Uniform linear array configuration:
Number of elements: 64
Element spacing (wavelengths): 0.25
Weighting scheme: cosine
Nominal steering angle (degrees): -30
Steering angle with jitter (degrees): -28.049
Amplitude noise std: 0.05
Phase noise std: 0.05

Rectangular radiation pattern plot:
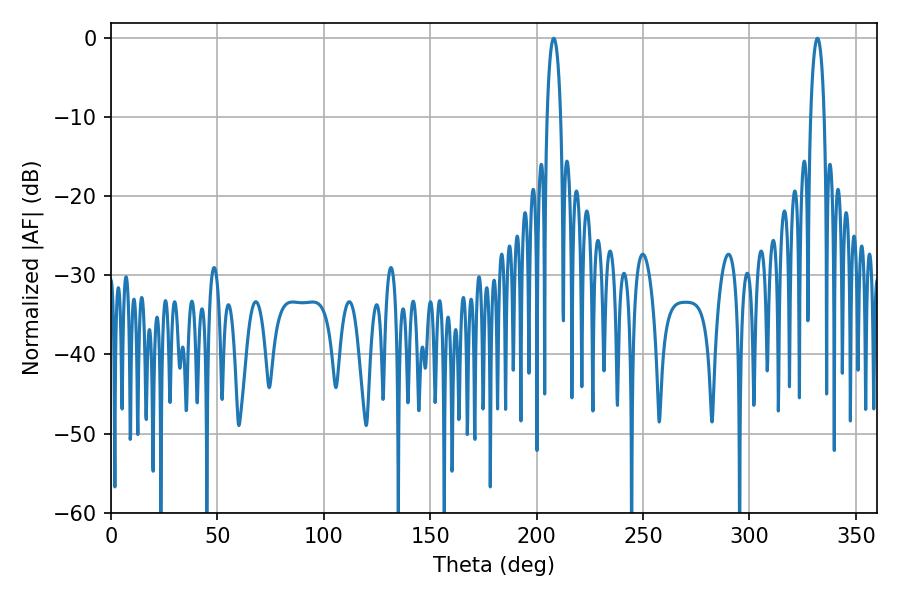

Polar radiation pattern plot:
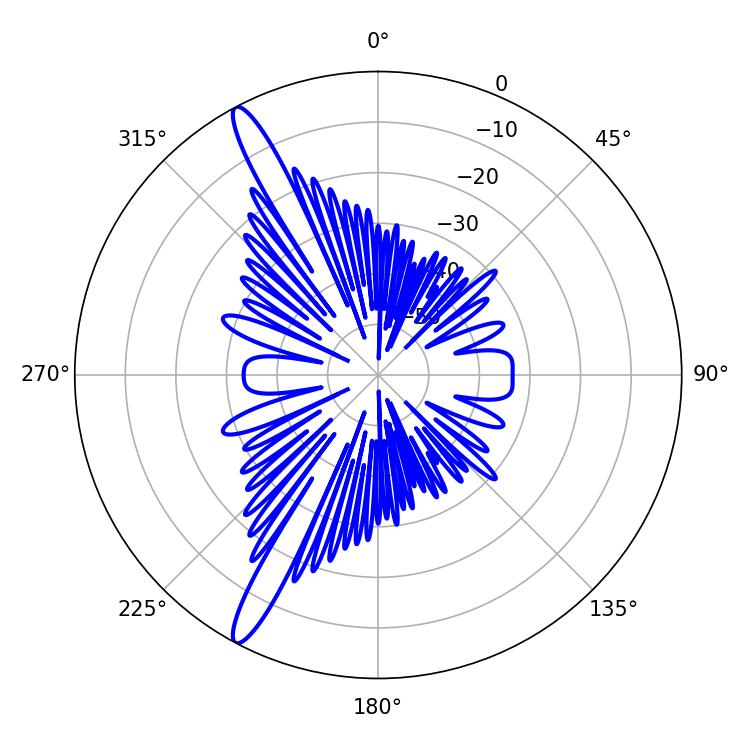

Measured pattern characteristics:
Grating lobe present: FALSE
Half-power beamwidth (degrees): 3.6
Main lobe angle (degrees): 331.92